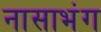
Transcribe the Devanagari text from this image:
नासाभंग